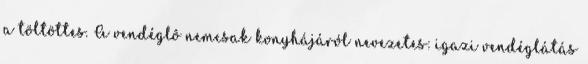
a töltöttes. A vendéglô nemcsak konyhájáról nevezetes: igazi vendéglátás